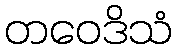
တဝေဒိသံ